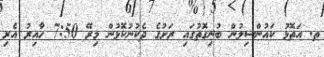
ތ. އަތޮޅު ކައުންސިލުން ބުނިގޮތުގައި ރަށުގެ ދެކުނުކޮޅުން މިރޭ 7:50 ހާއިރު އެރި